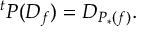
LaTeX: { } ^ { t } P ( D _ { f } ) = D _ { P _ { * } ( f ) } .